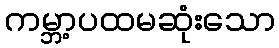
ကမ္ဘာ့ပထမဆုံးသော